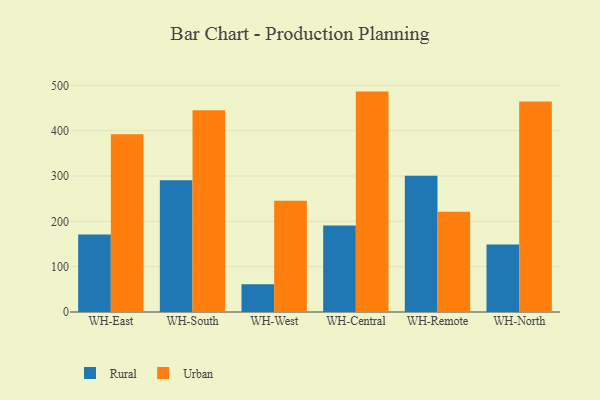
{"axis": {"x": "Warehouse", "y": "Budget (USD K)"}, "legend": ["Rural", "Urban"], "data": [{"x": "WH-East", "y": 171.0, "type": "Rural"}, {"x": "WH-East", "y": 391.8, "type": "Urban"}, {"x": "WH-South", "y": 290.6, "type": "Rural"}, {"x": "WH-South", "y": 445.0, "type": "Urban"}, {"x": "WH-West", "y": 61.0, "type": "Rural"}, {"x": "WH-West", "y": 245.3, "type": "Urban"}, {"x": "WH-Central", "y": 190.8, "type": "Rural"}, {"x": "WH-Central", "y": 486.1, "type": "Urban"}, {"x": "WH-Remote", "y": 300.3, "type": "Rural"}, {"x": "WH-Remote", "y": 221.0, "type": "Urban"}, {"x": "WH-North", "y": 149.1, "type": "Rural"}, {"x": "WH-North", "y": 464.4, "type": "Urban"}]}